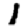
Digit: 1